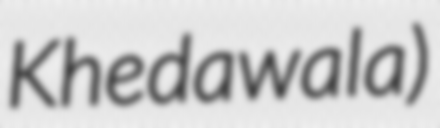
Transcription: Khedawala)